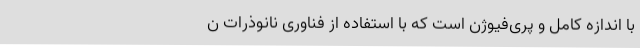
با اندازه کامل و پری‌فیوژن است که با استفاده از فناوری نانوذرات ن